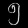
Digit: ၅